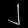
Digit: ၂